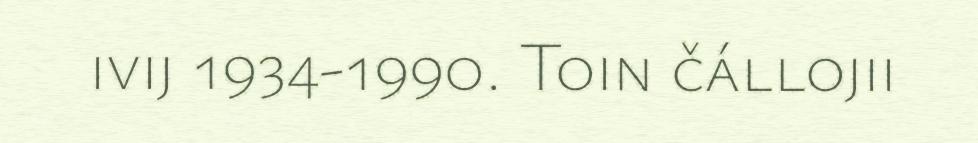
ivij 1934-1990. Toin čállojii